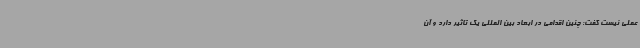
عملی نیست گفت: چنین اقدامی در ابعاد بین المللی یک تاثیر دارد و آن